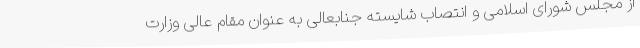
از مجلس شورای اسلامی و انتصاب شایسته جنابعالی به عنوان مقام عالی وزارت